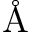
\mathrm { \AA }